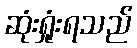
ဆုံးရှုံးရသည်